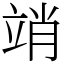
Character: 䇌